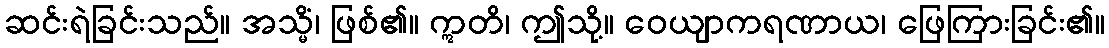
ဆင်းရဲခြင်းသည်။ အသ္မိံ၊ ဖြစ်၏။ ဣတိ၊ ဤသို့။ ဝေယျာကရဏာယ၊ ဖြေကြားခြင်း၏။